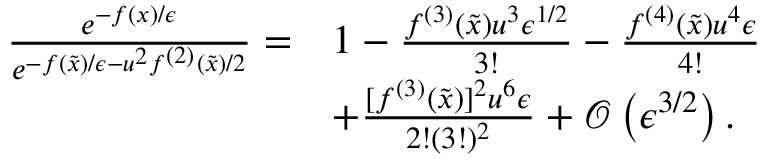
\begin{array} { r l } { \frac { e ^ { - f ( x ) / \epsilon } } { e ^ { - f ( \tilde { x } ) / \epsilon - { u ^ { 2 } f ^ { ( 2 ) } ( \tilde { x } ) } / { 2 } } } = } & { 1 - \frac { f ^ { ( 3 ) } ( \tilde { x } ) u ^ { 3 } \epsilon ^ { 1 / 2 } } { 3 ! } - \frac { f ^ { ( 4 ) } ( \tilde { x } ) u ^ { 4 } \epsilon } { 4 ! } } \\ & { + \frac { [ f ^ { ( 3 ) } ( \tilde { x } ) ] ^ { 2 } u ^ { 6 } \epsilon } { 2 ! ( 3 ! ) ^ { 2 } } + \mathcal { O } \left( \epsilon ^ { 3 / 2 } \right) . } \end{array}